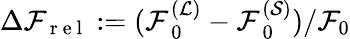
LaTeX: \Delta\mathcal{F}_{\mathrm{~r~e~l~}}:=(\mathcal{F}_{\mathrm{~0~}}^{(\mathcal{L})}-\mathcal{F}_{\mathrm{~0~}}^{(\mathcal{S})})/\mathcal{F}_{0}